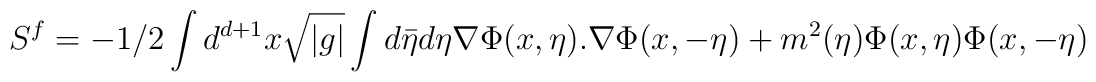
S^{f}=-1/2\int d^{d+1}x\sqrt{|g|}\int d\bar{\eta}d\eta  \nabla\Phi(x,\eta).\nabla\Phi(x,-\eta)+m^{2}(\eta)\Phi(x,\eta)\Phi(x,-\eta)